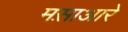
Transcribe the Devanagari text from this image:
मस़ाआरे